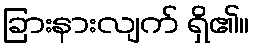
ခြားနားလျက် ရှိ၏။